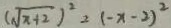
( \sqrt { x + 2 } ) ^ { 2 } = ( - x - 2 ) ^ { 2 }